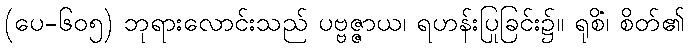
(ပေ-၆၀၅) ဘုရားလောင်းသည် ပဗ္ဗဇ္ဇာယ၊ ရဟန်းပြုခြင်း၌။ ရုစိံ၊ စိတ်၏